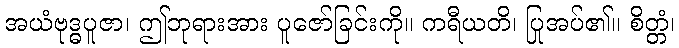
အယံဗုဒ္ဓပူဇာ၊ ဤဘုရားအား ပူဇော်ခြင်းကို။ ကရီယတိ၊ ပြုအပ်၏။ စိတ္တံ၊